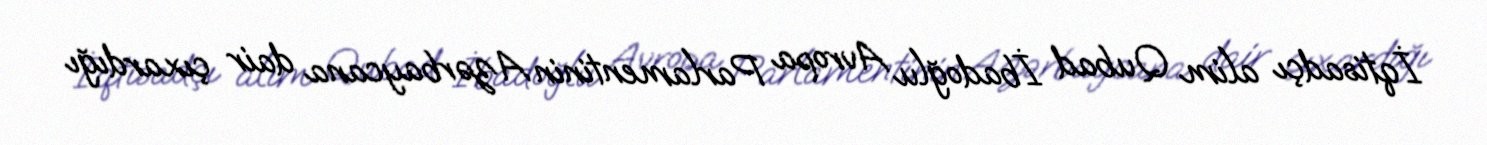
İqtisadçı alim Qubad İbadoğlu Avropa Parlamentinin Azərbaycana dair çıxardığı